Note on the mental hospitals in Burma - 1925-1940
Year: 1925
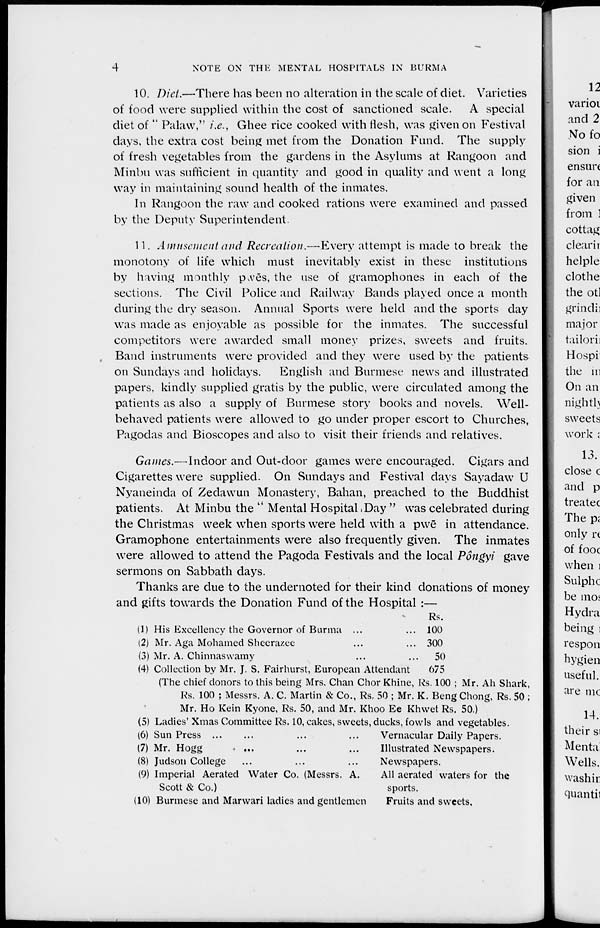
4
NOTE ON THE MENTAL HOSPITALS IN BURMA
10. Diet.—There has been no alteration in the scale of diet. Varieties
of food were supplied within the cost of sanctioned scale. A special
diet of " Palaw," i.e., Ghee rice cooked with flesh, was given on Festival
days, the extra cost being met from the Donation Fund. The supply
of fresh vegetables from the gardens in the Asylums at Rangoon and
Minbu was sufficient in quantity and good in quality and went a long
way in maintaining sound health of the inmates.
In Rangoon the raw and cooked rations were examined and passed
by the Deputy Superintendent.
11. Amusement and Recreation.—Every attempt is made to break the
monotony of life which must inevitably exist in these institutions
by having monthly pwēs, the use of gramophones in each of the
sections. The Civil Police and Railway Bands played once a month
during the dry season. Annual Sports were held and the sports day
was made as enjoyable as possible for the inmates. The successful
competitors were awarded small money prizes, sweets and fruits.
, Band instruments were provided and they were used by the patients
on Sundays and holidays. English and Burmese news and illustrated
papers, kindly supplied gratis by the public, were circulated among the
patients as also a supply of Burmese story books and novels. Well-
behaved patients were allowed to go under proper escort to Churches,
Pagodas and Bioscopes and also to visit their friends and relatives.
Games.—Indoor and Out-door games were encouraged. Cigars and
Cigarettes were supplied. On Sundays and Festival days Sayadaw U
Nyaneinda of Zedawun Monastery, Bahan, preached to the Buddhist
patients. At Minbu the " Mental Hospital Day " was celebrated during
the Christmas week when sports were held with a pwē in attendance.
Gramophone entertainments were also frequently given. The inmates
were allowed to attend the Pagoda Festivals and the local Pôngyi gave
sermons on Sabbath days.
Thanks are due to the undernoted for their kind donations of money
and gifts towards the Donation Fund of the Hospital :—
(1) His Excellency the Governor of Burma ... ...
(2) Mr. Aga Mohamed Sheerazee ... ...
(3) Mr. A. Chinnaswamy ... ...
(4) Collection by Mr. J. S. Fairhurst, European Attendant
Rs.
100
300
50
675
(The chief donors to this being Mrs, Chan Chor Khine, Rs. 100 ; Mr. Ah Shark,
Rs. 100 ; Messrs. A. C. Martin & Co., Rs, 50 ; Mr. K. Beng Chong, Rs. 50 ;
Mr. Ho Kein Kyone, Rs. 50, and Mr. Khoo Ee Khwet Rs. 50.)
(5) Ladies' Xmas Committee Rs. 10, cakes, sweets, ducks, fowls and vegetables.
(6) Sun Press ... ... ... ...
(7) Mr. Hogg
... ... ...
(8) Judson College ... ... ...
(9) Imperial Aerated Water Co. (Messrs. A.
Scott & Co.)
(10) Burmese and Marwari ladies and gentlemen
Vernacular Daily Papers.
Illustrated Newspapers.
Newspapers.
All aerated waters for the
sports.
Fruits and sweets.